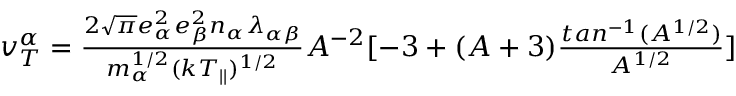
\begin{array} { r } { v _ { T } ^ { \alpha } = \frac { 2 \sqrt { \pi } e _ { \alpha } ^ { 2 } e _ { \beta } ^ { 2 } n _ { \alpha } \lambda _ { \alpha \beta } } { m _ { \alpha } ^ { 1 / 2 } ( k T _ { | | } ) ^ { 1 / 2 } } A ^ { - 2 } [ - 3 + ( A + 3 ) \frac { t a n ^ { - 1 } ( A ^ { 1 / 2 } ) } { A ^ { 1 / 2 } } ] } \end{array}